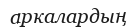
аркалардың